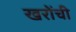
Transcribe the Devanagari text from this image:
खरोंची